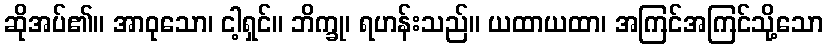
ဆိုအပ်၏။ အာဝုသော၊ ငါ့ရှင်။ ဘိက္ခု၊ ရဟန်းသည်။ ယထာယထာ၊ အကြင်အကြင်သို့သော